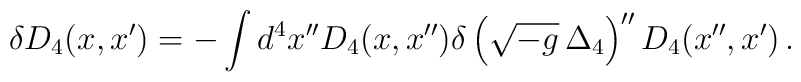
\delta D_4(x,x')= - \int d^4x'' D_4(x,x'')\delta \left(\sqrt{-g}\,\Delta_4\right)'' D_4(x'',x')\,.